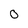
Character: 0